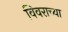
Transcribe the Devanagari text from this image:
विवराच्या